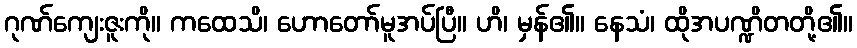
ဂုဏ်ကျေးဇူးကို။ ကထေသိ၊ ဟောတော်မူအပ်ပြီ။ ဟိ၊ မှန်၏။ နေသံ၊ ထိုအပဏ္ဍိတတို့၏။